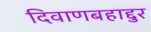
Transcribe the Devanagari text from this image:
दिवाणबहाद्दुर